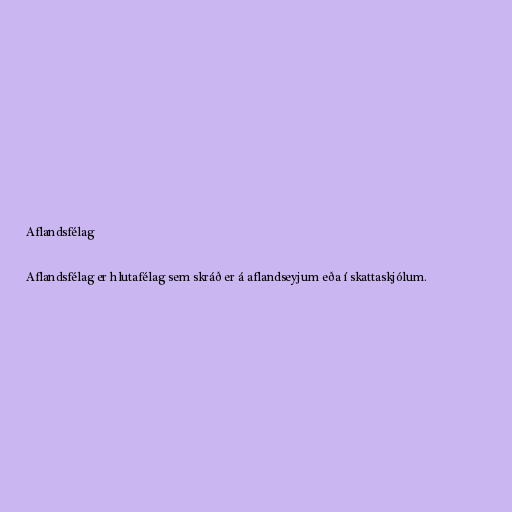
Aflandsfélag

Aflandsfélag er hlutafélag sem skráð er á aflandseyjum eða í skattaskjólum.